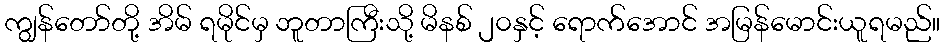
ကျွန်တော်တို့ အိမ် ရမိုင်မှ ဘူတာကြီးသို့ မိနစ် ၂၀နှင့် ရောက်အောင် အမြန်မောင်းယူရမည်။